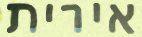
אירית